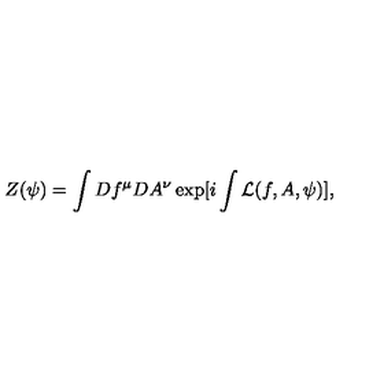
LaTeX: Z ( \psi ) = \int D f ^ { \mu } D A ^ { \nu } \exp [ i \int { \cal L } ( f , A , \psi ) ] ,